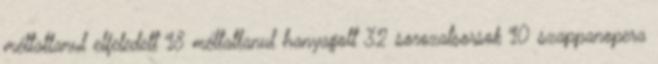
méltatlanul elfeledett 18 méltatlanul hanyagolt 32 sorozatsorsok 10 szappanopera